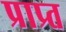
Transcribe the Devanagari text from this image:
प्राप्र्त